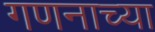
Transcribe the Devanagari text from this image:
गणनाच्या